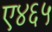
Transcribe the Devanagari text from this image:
ए४६५